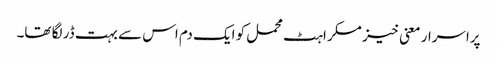
پراسرار معنی خیز مسکراہٹ محمل کو ایک دم اس سے بہت ڈر لگا تھا۔